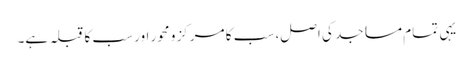
یہی تمام مساجد کی اصل، سب کا مرکز و محور اور سب کا قبلہ ہے۔